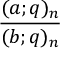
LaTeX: \frac { ( a ; q ) _ { n } } { ( b ; q ) _ { n } }